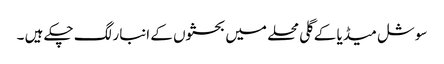
سوشل میڈیا کے گلی محلے میں بحثوں کے انبار لگ چکے ہیں ۔